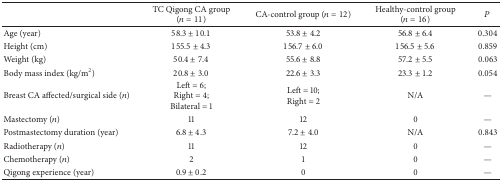
<table><thead><tr><td><b> </b></td><td><b>TC Qigong CA group (<i>n</i> = 11)</b></td><td><b>CA-control group (<i>n</i> = 12)</b></td><td><b>Healthy-control group (<i>n</i> = 16)</b></td><td><b><i>P</i></b></td></tr></thead><tbody><tr><td>Age (year)</td><td>58.3 ± 10.1</td><td>53.8 ± 4.2</td><td>56.8 ± 6.4</td><td>0.304</td></tr><tr><td>Height (cm)</td><td>155.5 ± 4.3</td><td>156.7 ± 6.0</td><td>156.5 ± 5.6</td><td>0.859</td></tr><tr><td>Weight (kg)</td><td>50.4 ± 7.4</td><td>55.6 ± 8.8</td><td>57.2 ± 5.5</td><td>0.063</td></tr><tr><td>Body mass index (kg/m<sup>2</sup>)</td><td>20.8 ± 3.0</td><td>22.6 ± 3.3</td><td>23.3 ± 1.2</td><td>0.054</td></tr><tr><td>Breast CA affected/surgical side (<i>n</i>)</td><td>Left = 6; Right = 4; Bilateral = 1</td><td>Left = 10; Right = 2</td><td>N/A</td><td>—</td></tr><tr><td>Mastectomy (<i>n</i>)</td><td>11</td><td>12</td><td>0</td><td>—</td></tr><tr><td>Postmastectomy duration (year)</td><td>6.8 ± 4.3</td><td>7.2 ± 4.0</td><td>N/A</td><td>0.843</td></tr><tr><td>Radiotherapy (<i>n</i>)</td><td>11</td><td>12</td><td>0</td><td>—</td></tr><tr><td>Chemotherapy (<i>n</i>)</td><td>2</td><td>1</td><td>0</td><td>—</td></tr><tr><td>Qigong experience (year)</td><td>0.9 ± 0.2</td><td>0</td><td>0</td><td>—</td></tr></tbody></table>